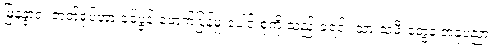
မြနန္ဒာရဲ့ ဇာတ်ရုပ်ဟာ ခင်ပွန်းဖောက်ပြန်မှု ပေါင်းစုံကို သည်းခံရင်း သားသမီးတွေနဲ့ အနုပညာ၊